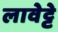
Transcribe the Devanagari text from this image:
लावेट्टे